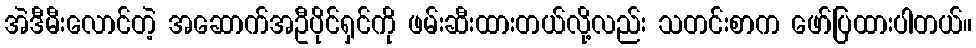
အဲဒီမီးလောင်တဲ့ အဆောက်အဦပိုင်ရှင်ကို ဖမ်းဆီးထားတယ်လို့လည်း သတင်းစာက ဖော်ပြထားပါတယ်။